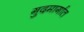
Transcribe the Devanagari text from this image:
गुदमार्गात